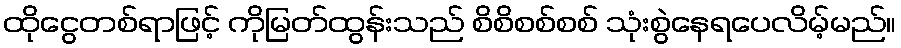
ထိုငွေတစ်ရာဖြင့် ကိုမြတ်ထွန်းသည် စိစိစစ်စစ် သုံးစွဲနေရပေလိမ့်မည်။